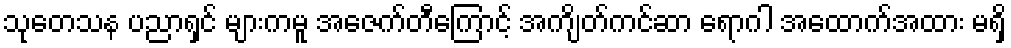
သုတေသန ပညာရှင် များကမူ အေဇက်တီကြောင့် အကျိတ်ကင်ဆာ ရောဂါ အထောက်အထား မရှိ